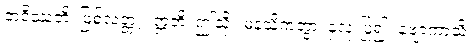
ဘဝိဿတိ၊ ဖြစ်လတ္တံ့။ ဣတိ၊ ဤသို့။ မနသိကတွာ၊ နှလုံးပြု၍။ နဗျာကာသိ၊